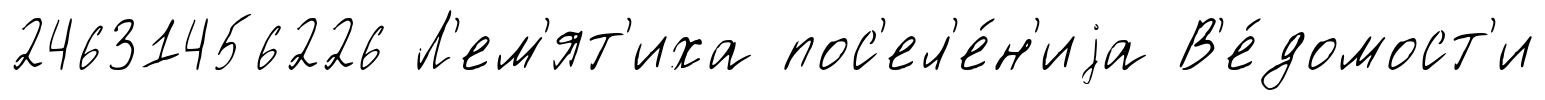
24631456226 Л'ем'ят'иха пос'ел'е́н'иjа В'е́домост'и